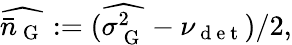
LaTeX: \widehat{\bar{n}_{\mathrm{~G~}}}:=(\widehat{\sigma_{\mathrm{~G~}}^{2}}-\nu_{\mathrm{~d~e~t~}})/2,